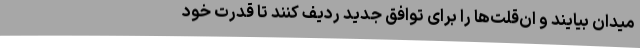
میدان بیایند و ان‌قُلت‌ها را برای توافق جدید ردیف کنند تا قدرت خود